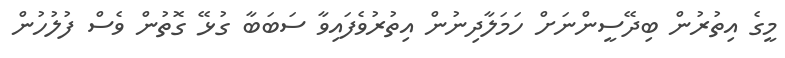
މީގެ އިތުރުން ބިދޭސީންނަށް ހަމަލާދިނުން އިތުރުވެފައިވާ ސަބަބާ ގުޅޭ ގޮތުން ވެސް ފުލުހުން